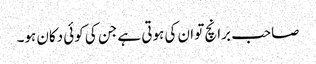
صاحب برانچ تو ان کی ہوتی ہے جن کی کوئی دکان ہو۔